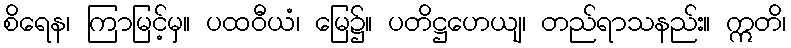
စိရေန၊ ကြာမြင့်မှ။ ပထဝီယံ၊ မြေ၌။ ပတိဋ္ဌဟေယျ၊ တည်ရာသနည်း။ ဣတိ၊